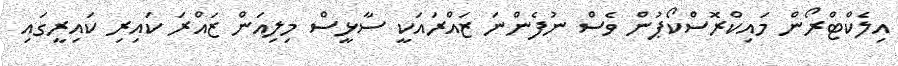
އިލެކްޓްރޯން މައިކްރޮސްކޯޕުން ވެސް ނުފެންނަ ޒައްރައަކީ ސާޅީސް މިލިއަން ޒައްރަ ކައިރި ކައިރީގައި